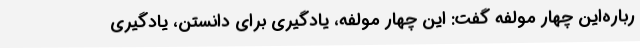
رباره‌این چهار مولفه گفت: این چهار مولفه، یادگیری برای دانستن، یادگیری